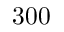
3 0 0